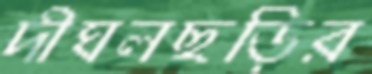
দীঘলছড়ির